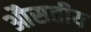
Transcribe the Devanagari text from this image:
औसतीय